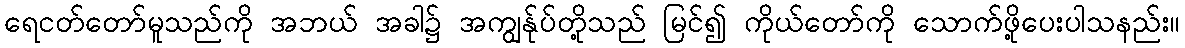
ရေငတ်တော်မူသည်ကို အဘယ် အခါ၌ အကျွန်ုပ်တို့သည် မြင်၍ ကိုယ်တော်ကို သောက်ဖို့ပေးပါသနည်း။